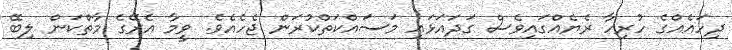
ދިހައެއްގެ ހުރިހާ ރެޔެއްގައިވެސް ގަދައަޅައި މަސައްކަތްކުރަން ޖެހެއެވެ. ވީމާ އެރޭގެ މާތްކަން ލިބޭ